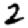
Digit: 2